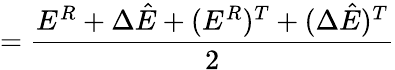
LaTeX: =\frac{E^{R}+\Delta\hat{E}+(E^{R})^{T}+(\Delta\hat{E})^{T}}{2}